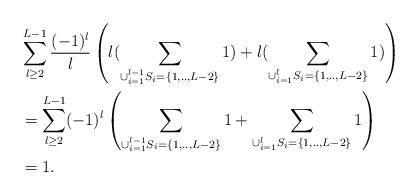
LaTeX: \begin{align*}&\sum_{l\geq 2}^{L-1}\frac{(-1)^l}{l}\left(l(\sum_{\cup_{i=1}^{l-1}S_{i}=\{1,..,L-2\}}1)+l(\sum_{\cup_{i=1}^{l}S_{i}=\{1,..,L-2\}}1)\right)\\&=\sum_{l\geq 2}^{L-1}(-1)^l\left(\sum_{\cup_{i=1}^{l-1}S_{i}=\{1,..,L-2\}}1+\sum_{\cup_{i=1}^{l}S_{i}=\{1,..,L-2\}}1\right)\\ &=1.\end{align*}